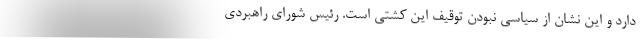
دارد و این نشان از سیاسی نبودن توقیف این کشتی است. رئیس شورای راهبردی